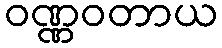
ဝဏ္ဏဝတာယ